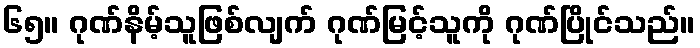
၆၅။ ဂုဏ်နိမ့်သူဖြစ်လျက် ဂုဏ်မြင့်သူကို ဂုဏ်ပြိုင်သည်။